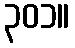
၃၀၁။